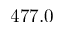
4 7 7 . 0